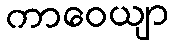
ကာဝေယျာ